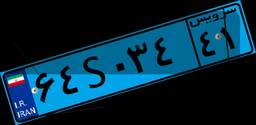
۷۸S۷۰۴۸۸